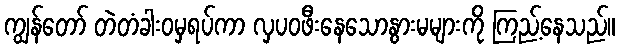
ကျွန်တော် တဲတံခါးဝမှရပ်ကာ လှပဝဖီးနေသောနွားမများကို ကြည့်နေသည်။